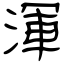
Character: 渾